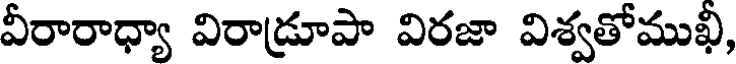
వీరారాధ్యా విరాడ్రూపా విరజా విశ్వతోముఖి,